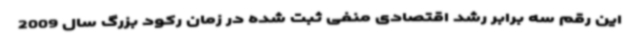
این رقم سه برابر رشد اقتصادی منفی ثبت شده در زمان رکود بزرگ سال 2009